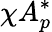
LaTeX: \chi A_{p}^{*}